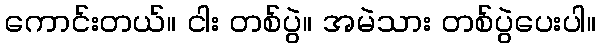
ကောင်းတယ်။ ငါး တစ်ပွဲ။ အမဲသား တစ်ပွဲပေးပါ။